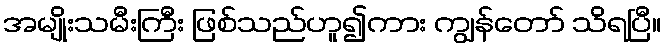
အမျိုးသမီးကြီး ဖြစ်သည်ဟူ၍ကား ကျွန်တော် သိရပြီ။